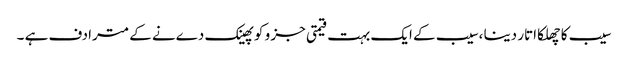
سیب کا چھلکا اتار دینا ،سیب کے ایک بہت قیمتی جز و کو پھینک دےنے کے مترادف ہے ۔